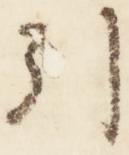
引